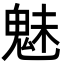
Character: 魅